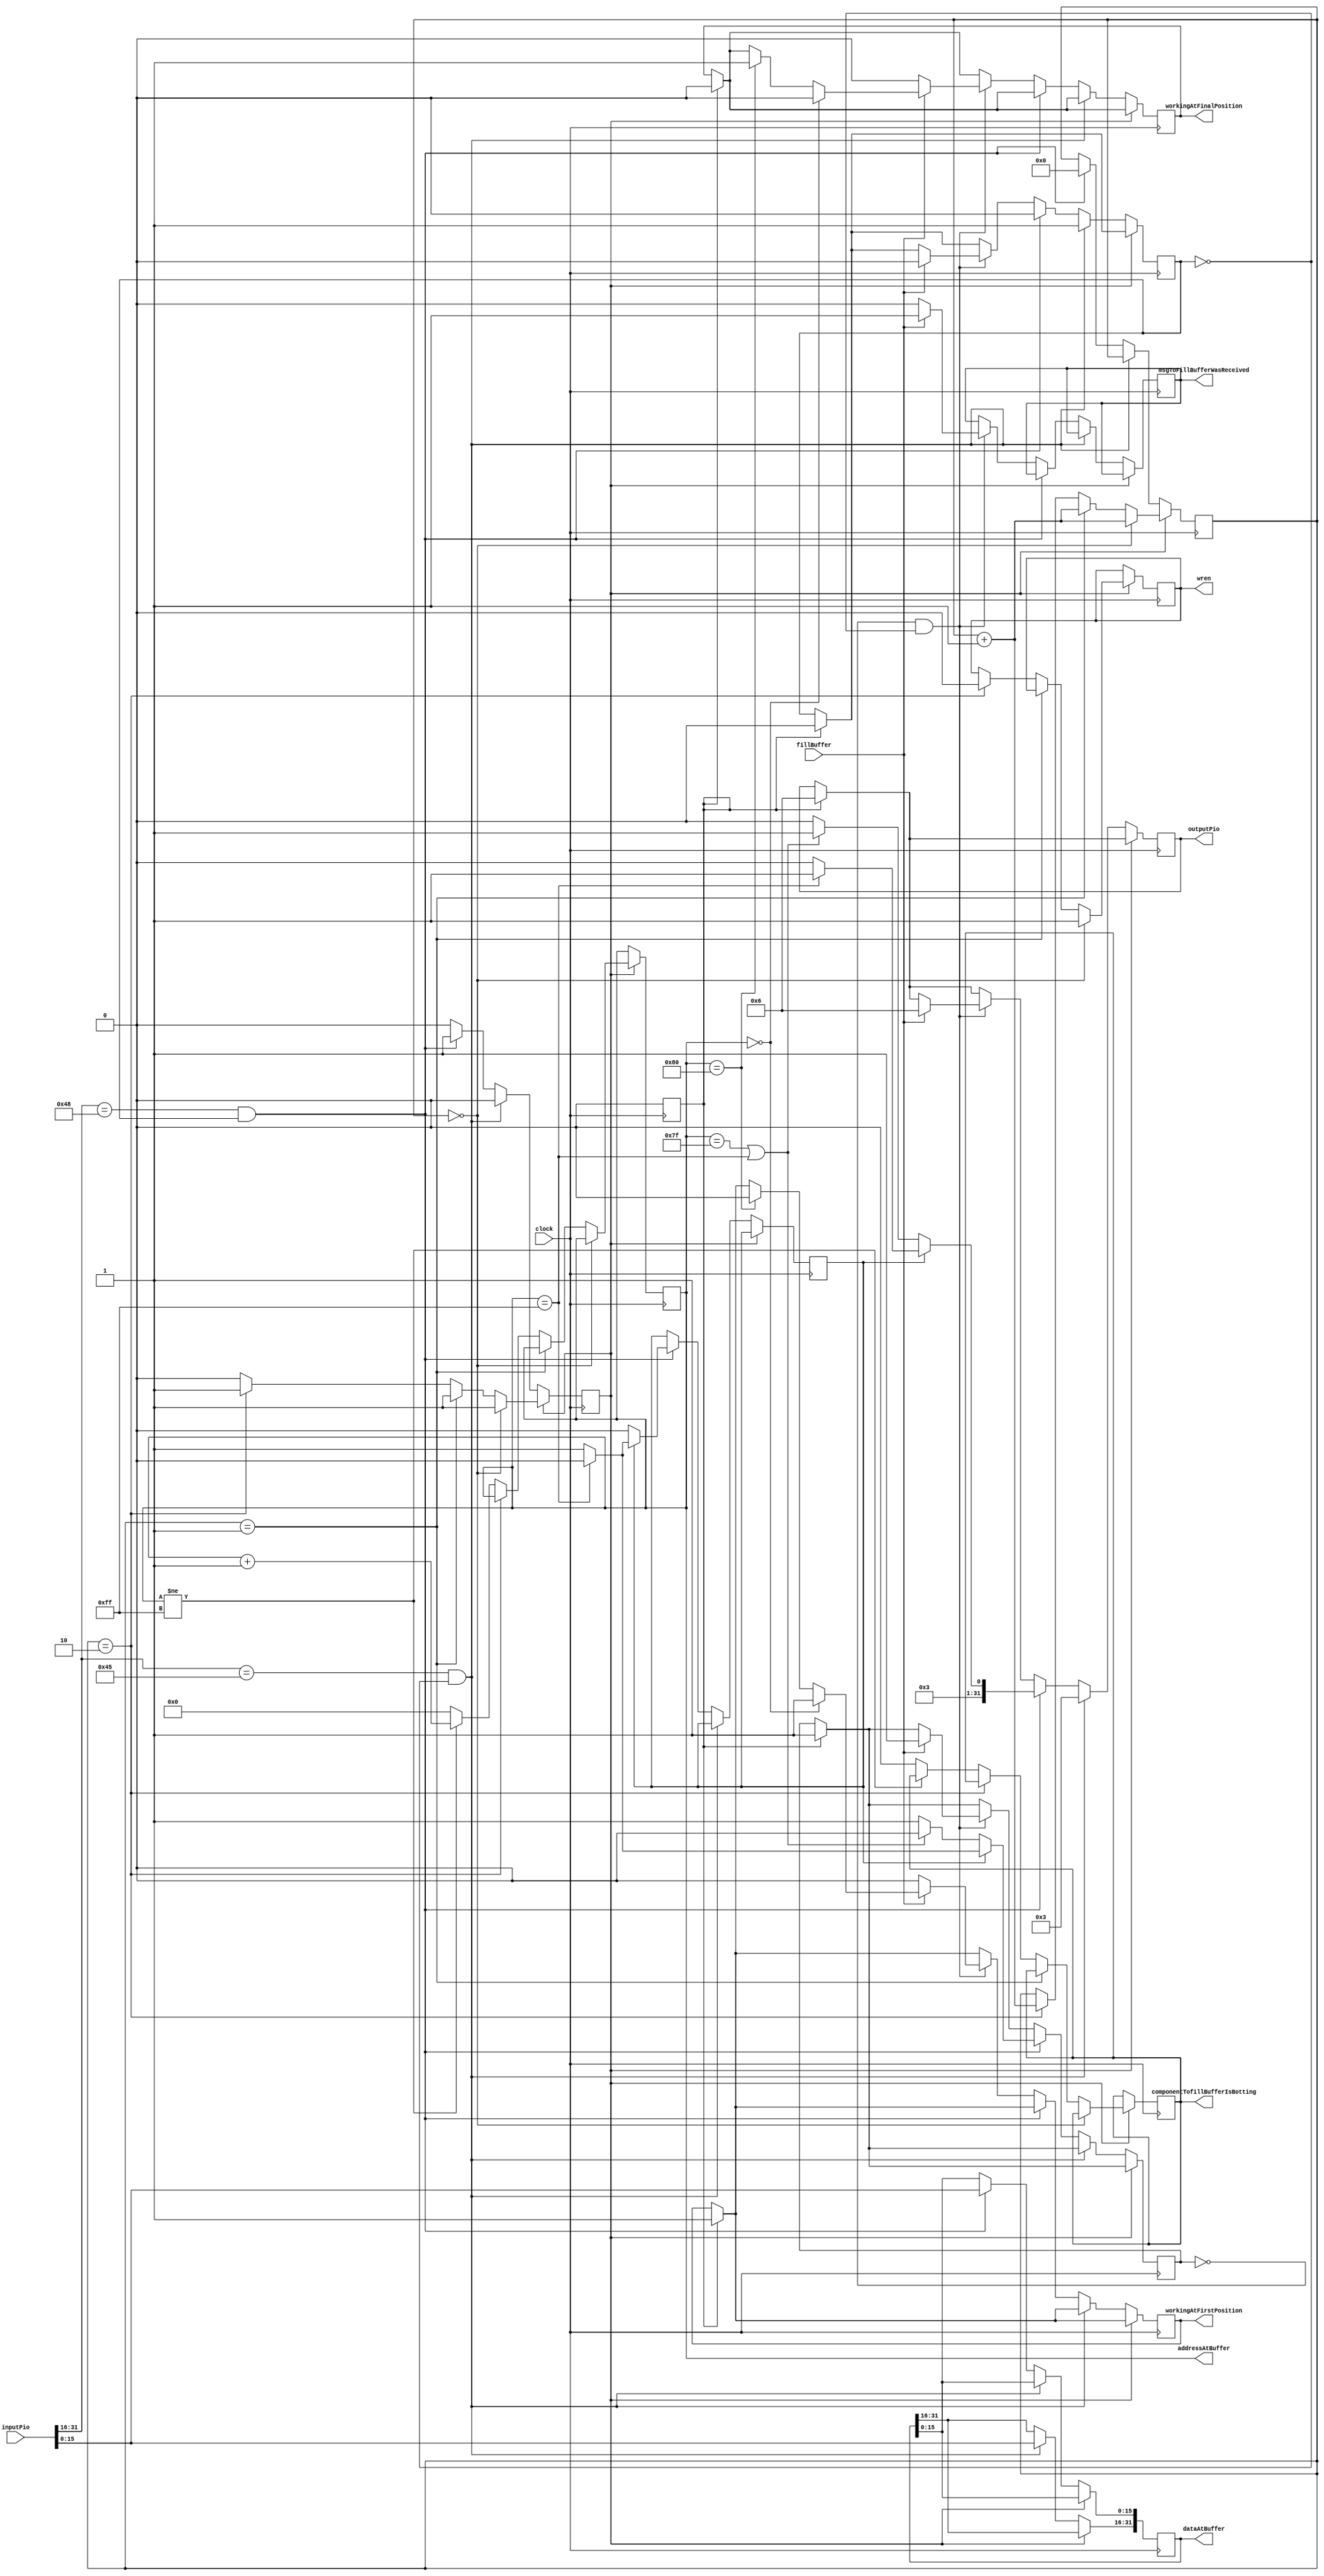

module fillBuffer(clock,inputPio, outputPio,addressAtBuffer,dataAtBuffer, wren, workingAtFirstPosition, workingAtFinalPosition,fillBuffer,msgToFillBufferWasReceived,componentTofillBufferIsBotting);
   input  wire         clock;
   input  wire [31:0]  inputPio;   
   output reg  [31:0]  outputPio;   
   output reg  [7:0]   addressAtBuffer=8'h00;
   output reg  [31:0]  dataAtBuffer;
   output reg          wren;     
   output reg          workingAtFirstPosition=1'b1;                       
   output reg          workingAtFinalPosition=1'b0;
   input  wire         fillBuffer;         
   output reg          msgToFillBufferWasReceived=1'b0;
   output reg          componentTofillBufferIsBotting=1'b1;
   reg                 loadingInittialData=1'b1;
   reg                 writingAtMemory=1'b0;
   reg         [4:0]   nClocksAfterThatABlockMemoryWasReceived=4'h0;
   reg                 firstClock=1'b1;
   reg         [31:0]  outputPioValue;  
   reg                 reciveSecondBlockOfTheMsg=1'b0;
   reg                 receveNextMsg;
   always @(posedge clock) begin      
      if(firstClock==1'b1) begin
         outputPio<=32'h00000006;
         firstClock<=1'b0;
         workingAtFirstPosition<=1'b1;
         workingAtFinalPosition<=1'b0;
         reciveSecondBlockOfTheMsg<=1'b0;
         receveNextMsg<=1'b1;
      end  
      
      if(writingAtMemory==1'b0) begin                      
         if(inputPio[31:16]==16'h0045 && reciveSecondBlockOfTheMsg==1'b0) begin   
            dataAtBuffer[31:16]<=inputPio[15:0];
            outputPio<=32'h00000003;      
            reciveSecondBlockOfTheMsg<=1'b1;
         end            
         else if(inputPio[31:16]==16'h0048 && reciveSecondBlockOfTheMsg==1'b1) begin         
            dataAtBuffer[15:0]<=inputPio[15:0];
            nClocksAfterThatABlockMemoryWasReceived<=4'h0;                          
            if(loadingInittialData==1'b1) begin
               if(addressAtBuffer==8'hff) begin
                  outputPio<=32'h00000007;                  
                  loadingInittialData<=1'b0;
                  receveNextMsg<=1'b0;                  
               end
               else begin
                  outputPio<=32'h00000006;
                  receveNextMsg<=1'b1;                  
               end               
            end   
            else begin
               if(addressAtBuffer==8'h7f || addressAtBuffer==8'hff) begin
                  outputPio<=32'h00000007;
                  receveNextMsg<=1'b0;
               end
               else begin
                  outputPio<=32'h00000006;
                  receveNextMsg<=1'b1;
               end
            end                       
            writingAtMemory<=1'b1;              
            reciveSecondBlockOfTheMsg<=1'b0;
         end 
         else if(receveNextMsg==1'b0 && reciveSecondBlockOfTheMsg==1'b0) begin
            if(fillBuffer==1'b1) begin
               outputPio<=32'h00000006;
               receveNextMsg<=1'b1;
               reciveSecondBlockOfTheMsg<=1'b0;
               msgToFillBufferWasReceived<=1'b1;
               if(addressAtBuffer==8'h00) begin
                  workingAtFirstPosition<=1'b1;
                  workingAtFinalPosition<=1'b0;
               end
               else if(addressAtBuffer==8'h80) begin
                  workingAtFirstPosition<=1'b0;
                  workingAtFinalPosition<=1'b1;
               end
            end            
            else begin
               msgToFillBufferWasReceived<=1'b0;
               workingAtFirstPosition<=1'b0;
               workingAtFinalPosition<=1'b0;
            end  
         end
      end
      else if(nClocksAfterThatABlockMemoryWasReceived== 4'h0) begin
         wren=1'b1;
         nClocksAfterThatABlockMemoryWasReceived<=nClocksAfterThatABlockMemoryWasReceived+4'h1;
      end
      else if(nClocksAfterThatABlockMemoryWasReceived==4'h1) begin
         nClocksAfterThatABlockMemoryWasReceived<=nClocksAfterThatABlockMemoryWasReceived+4'h1;
      end 
      else if(nClocksAfterThatABlockMemoryWasReceived==4'h2) begin
         nClocksAfterThatABlockMemoryWasReceived<=nClocksAfterThatABlockMemoryWasReceived+4'h1;
         wren<=1'b0;         
      end
      else  begin        
         writingAtMemory<=1'b0;         
         if(addressAtBuffer!=8'hff) begin
            addressAtBuffer<=addressAtBuffer+8'h01;            
         end
         else begin
            addressAtBuffer<=8'h00;
            componentTofillBufferIsBotting<=1'b0;
         end         
      end
    end
   
endmodule